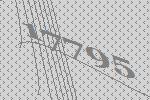
17795